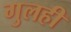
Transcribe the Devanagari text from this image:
गुलही